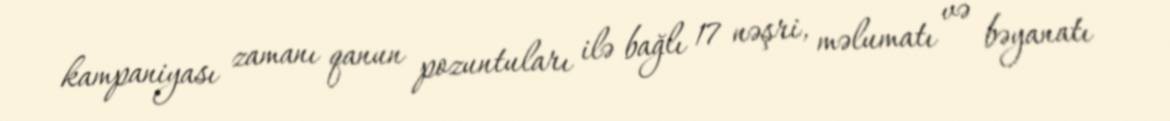
kampaniyası zamanı qanun pozuntuları ilə bağlı 17 nəşri, məlumatı və bəyanatı